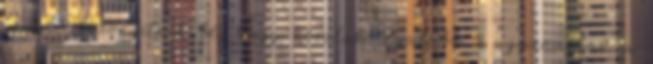
tanul. Bizonyítsuk be, hogy közülük legalább 3 ugyanabban a